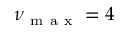
\nu _ { \mathrm { ~ m ~ a ~ x ~ } } = 4